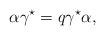
LaTeX: \begin{align*}\alpha \gamma^{\star} = q \gamma^{\star} \alpha,\end{align*}